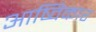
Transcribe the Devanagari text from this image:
आष्विकार